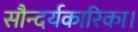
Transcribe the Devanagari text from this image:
सौन्दर्यकारिका।